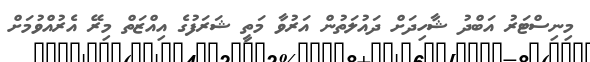
މިނިސްޓަރު އަބްދު ޝާހިދަށް ދައުލަތުން އަރުވާ މަތީ ޝަރަފުގެ އިއްޒަތް މިރޭ އެރުއްވުމަށް